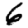
Digit: 6